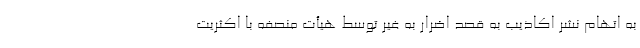
به اتهام نشر اکاذیب به قصد اضرار به غیر توسط هیأت منصفه با اکثریت